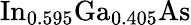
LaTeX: \mathrm{In}_{0.595}\mathrm{Ga}_{0.405}\mathrm{As}